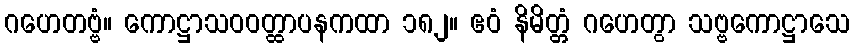
ဂဟေတဗ္ဗံ။ ကောဋ္ဌာသဝဝတ္ထာပနကထာ ၁၈၂။ ဧဝံ နိမိတ္တံ ဂဟေတွာ သဗ္ဗကောဋ္ဌာသေ